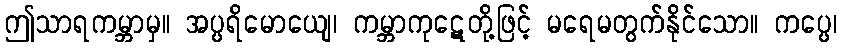
ဤသာရကမ္ဘာမှ။ အပ္ပရိမောယျေ၊ ကမ္ဘာကုဋေတို့ဖြင့် မရေမတွက်နိုင်သော။ ကပ္ပေ၊